Annual administration and progress report of the Indian Medical Department, Bombay
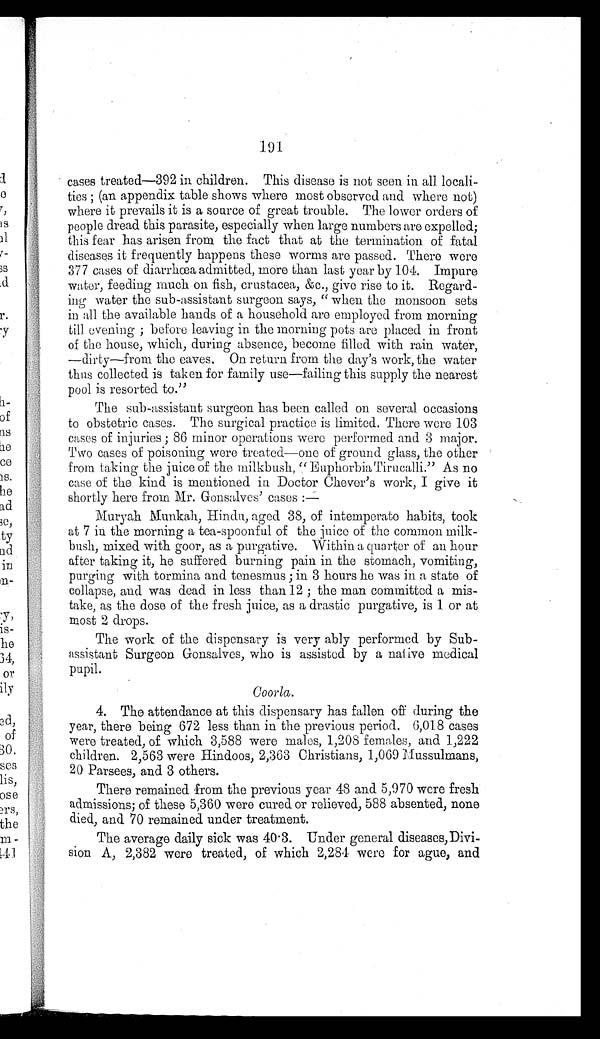
191
cases treated—392 in children. This disease is not seen in all locali
-
ties; (an appendix table shows where most observed and where not)
where it prevails it is a source of great trouble. The lower orders of
people dread this parasite, especially when large numbers are expelled;
this fear has arisen from the fact that at the termination of fatal
diseases it frequently happens these worms are passed. There were
377 cases of diarrhœa admitted, more than last year by 104. Impure
water, feeding much on fish, crustacea, &c., give rise to it. Regard
-
ing water the sub-assistant surgeon says, "when the monsoon sets
in all the available hands of a household are employed from morning
till evening; before leaving in the morning pots are placed in front
of the house, which, during absence, become filled with rain water,
—dirty—from the eaves. On return from the day's work, the water
thus collected is taken for family use—failing this supply the nearest
pool is resorted to."
The sub-assistant surgeon has been called on several occasions
to obstetric cases. The surgical practice is limited. There were 103
cases of injuries; 86 minor operations were performed and 3 major.
Two cases of poisoning were treated—one of ground glass, the other
from taking the juice of the milkbush, "Euphorbia Tirucalli." As no
case of the kind is mentioned in Doctor Chever's work, I give it
shortly here from Mr.Gonsalves' cases:—
Muryah Munkah, Hindu, aged 38, of intemperate habits, took
at 7 in the morning a tea-spoonful of the juice of the common milk
-
bush, mixed with goor, as a purgative. Within a quarter of an hour
after taking it, he suffered burning pain in the stomach, vomiting,
purging with tormina and tenesmus; in 3 hours he was in a state of
collapse, and was dead in less than 12; the man committed a mis
-
take, as the dose of the fresh juice, as a drastic purgative, is 1 or at
most 2 drops.
The work of the dispensary is very ably performed by Sub
-
assistant Surgeon Gonsalves, who is assisted by a native medical
pupil.
Coorla.
4. The attendance at this dispensary has fallen off during the
year, there being 672 less than in the previous period. 6,018 cases
were treated, of which 3,588 were males, 1,208 females, and 1,222
children. 2,563 were Hindoos, 2,363 Christians, 1,069 Mussulmans,
20 Parsees, and 3 others.
There remained from the previous year 48 and 5,970 were fresh
admissions; of these 5,360 were cured or relieved, 588 absented, none
died, and 70 remained under treatment.
The average daily sick was 40.3. Under general diseases, Divi
-
sion A, 2,382 were treated, of which 2,284 were for ague, and